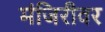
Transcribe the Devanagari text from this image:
मंजिरीवर